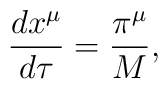
\frac{dx^{\mu}}{d\tau}=\frac{\pi^{\mu}}{M},